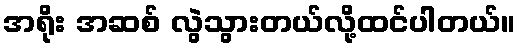
အရိုး အဆစ် လွဲသွားတယ်လို့ထင်ပါတယ်။